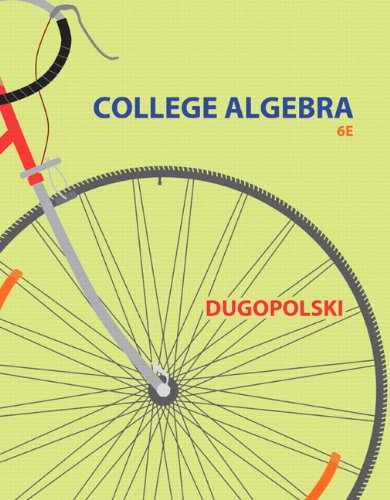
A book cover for College Algebra (6th Edition); Mark Dugopolski; Science & Math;